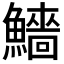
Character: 𩼒